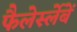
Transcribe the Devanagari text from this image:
फैलेर्स्लेबें